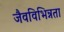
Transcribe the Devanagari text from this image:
जैवविभिन्नता